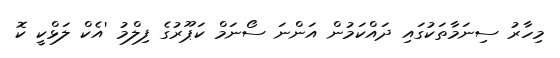
މިހާރު ސިނަމާތަކުގައި ދައްކަމުން އަންނަ ސޯނަމް ކަޕޫރުގެ ފިލްމު 'އެކް ލަޅްކީ ކޮ